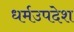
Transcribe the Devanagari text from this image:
धर्मउपदेश